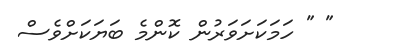
" " ހަމަކަށަވަރުން ކޮންމެ ބަޔަކަށްވެސް